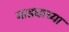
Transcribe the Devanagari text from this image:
गाड्याच्या